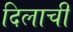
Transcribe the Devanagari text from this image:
दिलाची